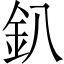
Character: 釟